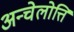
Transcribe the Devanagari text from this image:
अन्चेलोत्ति